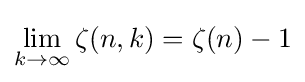
\lim _{k\to \infty }\zeta (n,k)=\zeta (n)-1